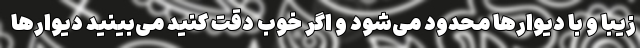
زیبا و با دیوار‌ها محدود می‌شود و اگر خوب دقت کنید می‌بینید دیوارها